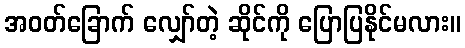
အဝတ်ခြောက် လျှော်တဲ့ ဆိုင်ကို ပြောပြနိုင်မလား။